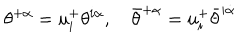
LaTeX: \theta ^ { + \alpha } = u _ { i } ^ { + } \theta ^ { i \alpha } , \quad \bar { \theta } ^ { + \dot { \alpha } } = u _ { i } ^ { + } \bar { \theta } ^ { i \dot { \alpha } }